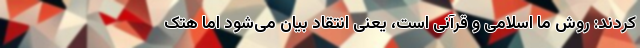
کردند: روش ما اسلامی و قرآنی است، یعنی انتقاد بیان می‌شود اما هتک